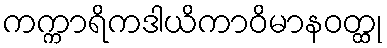
ကက္ကာရိကဒါယိကာဝိမာနဝတ္ထု